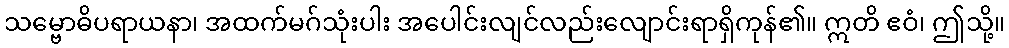
သမ္ဗောဓိပရာယနာ၊ အထက်မဂ်သုံးပါး အပေါင်းလျင်လည်းလျောင်းရာရှိကုန်၏။ ဣတိ ဧဝံ၊ ဤသို့။